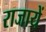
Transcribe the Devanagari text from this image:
राजायें